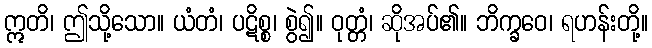
ဣတိ၊ ဤသို့သော။ ယံတံ၊ ပဋိစ္စ၊ စွဲ၍။ ဝုတ္တံ၊ ဆိုအပ်၏။ ဘိက္ခဝေ၊ ရဟန်းတို့။